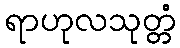
ရာဟုလသုတ္တံ